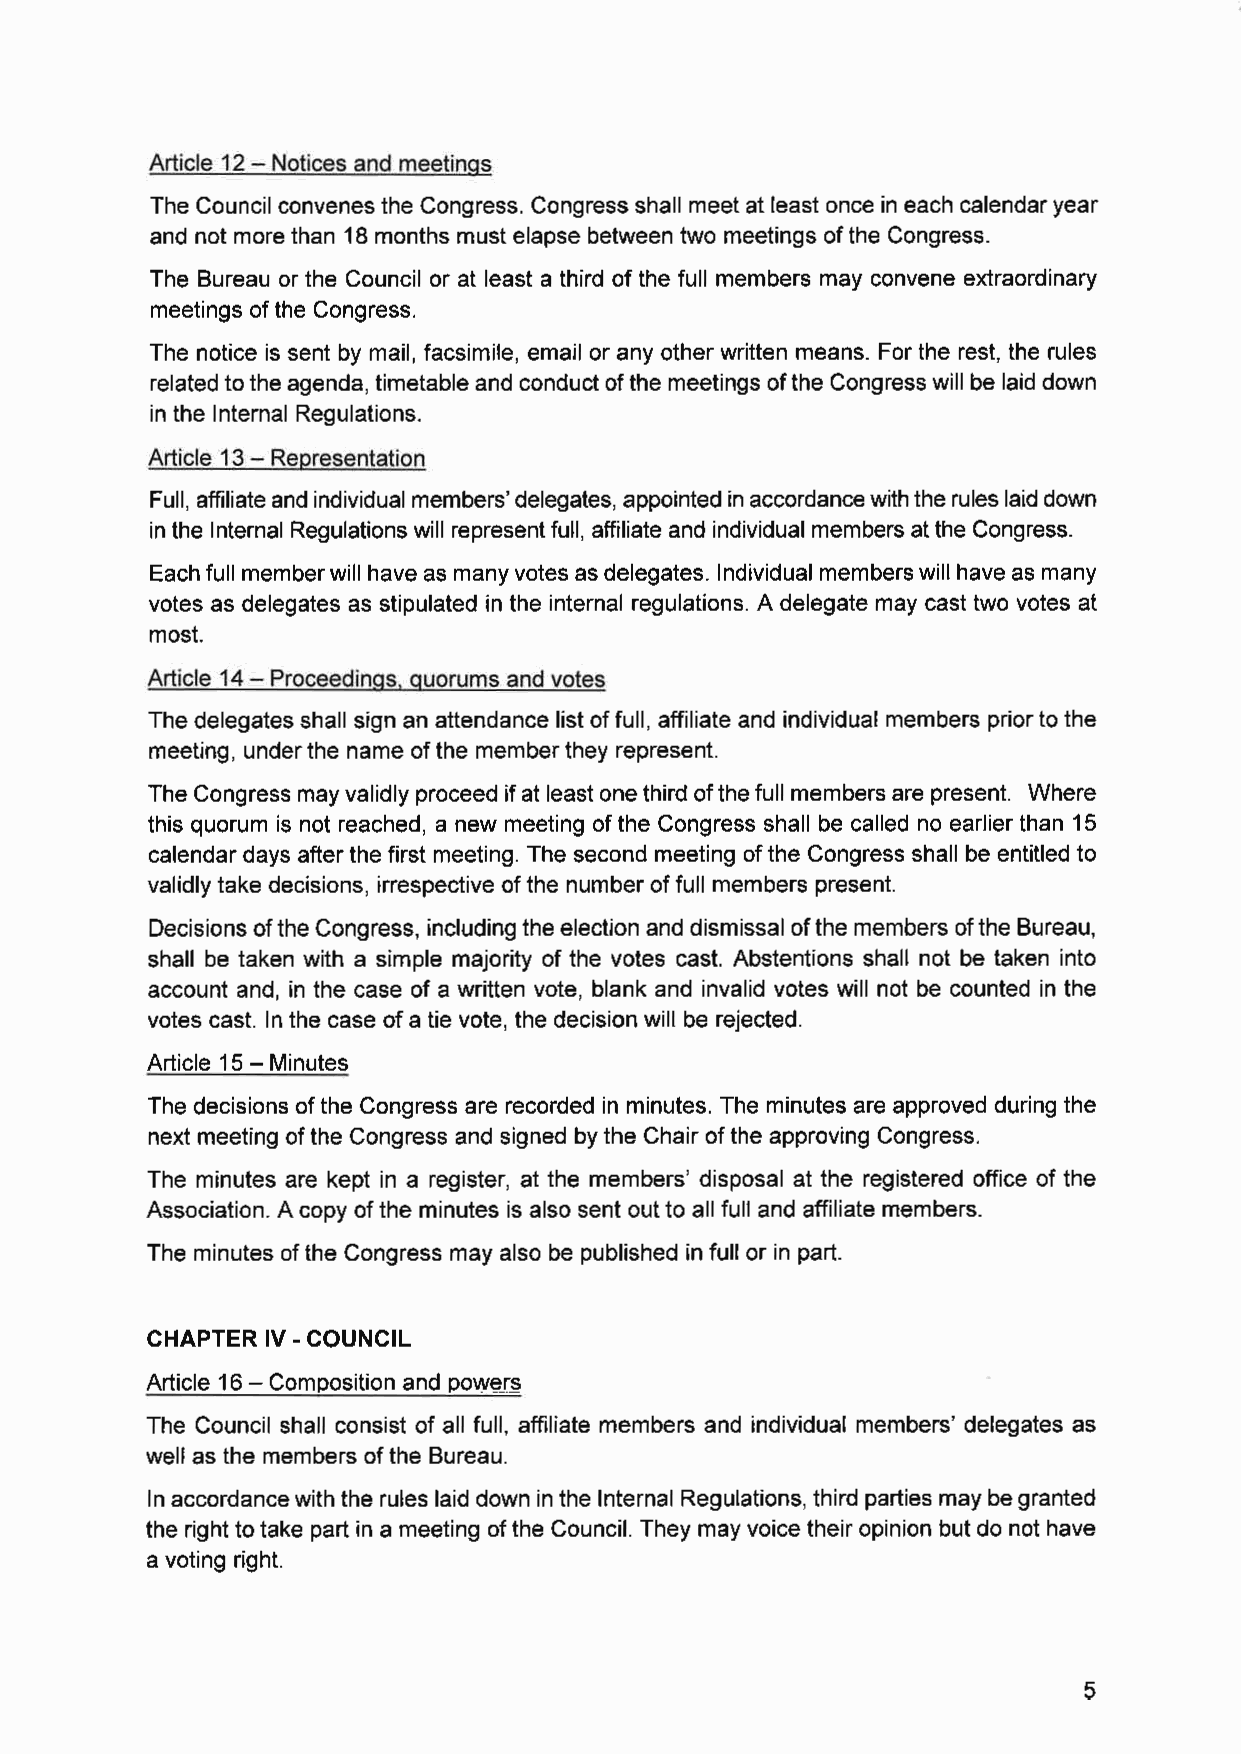
Article 12 - Notices and meetings
 The Council convenes the Congress. Congress shall meet at least once in each calendar year
 and not more than 18 months must elapse between two meetings of the Congress.
 The Bureau or the Council or at least a third of the full members may convene extraordinary
 meetings of the Congress.
 The notice is sent by mail, facsimile, email or any other written means. For the rest, the rules
 related to the agenda, timetable and conduct of the meetings of the Congress will be laid down
 in the Internal Regulations.
 Article 13 - Representation
 Full, affiliate and individual members' delegates, appointed in accordance with the rules laid down
 in the Internal Regulations will represent full, affiliate and individual members at the Congress.
 Each full member will have as many votes as delegates. Individual members will have as many
 votes as delegates as stipulated in the internal regulations. A delegate may cast two votes at
 most.
 Article 14 - Proceedings. quorums and votes
 The delegates shall sign an attendance list of full, affiliate and individual members prior to the
 meeting, under the name of the member they represent.
 The Congress may validly proceed if at least one third of the full members are present. Where
 this quorum is not reached, a new meeting of the Congress shall be called no earlier than 15
 calendar days after the first meeting. The second meeting of the Congress shall be entitled to
 validly take decisions, irrespective of the number of full members present.
 Decisions of the Congress, including the election and dismissal of the members of the Bureau,
 shall be taken with a simple majority of the votes cast. Abstentions shall not be taken into
 account and, in the case of a written vote, blank and invalid votes will not be counted in the
 votes cast. In the case of a tie vote, the decision will be rejected.
 Article 15 - Minutes
 The decisions of the Congress are recorded in minutes. The minutes are approved during the
 next meeting of the Congress and signed by the Chair of the approving Congress.
 The minutes are kept in a register, at the members' disposal at the registered office of the
 Association. A copy of the minutes is also sent out to all full and affiliate members.
 The minutes of the Congress may also be published in full or in part.
 CHAPTER IV - COUNCIL
 Article 16 - Composition and powers
 The Council shall consist of all full, affiliate members and individual members' delegates as
 well as the members of the Bureau.
 In accordance with the rules laid down in the Internal Regulations, third parties may be granted
 the right to take part in a meeting of the Council. They may voice their opinion but do not have
 a voting right.
 5